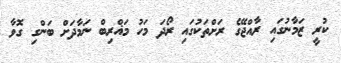
ކުރީ ޒަމާނުގައި ރާއްޖޭގެ ރަށްތަކުގައި ރޯދަ މަހު މަޣްރިބް ނަމާދަށް ބަންގި ގޮވާ